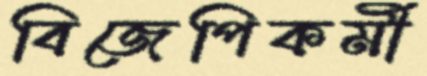
বিজেপিকর্মী